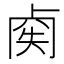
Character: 𠧿